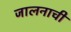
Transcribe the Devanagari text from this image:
जालनाची